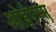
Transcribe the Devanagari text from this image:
ओईएम्स